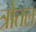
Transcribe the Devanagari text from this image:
त्रोतल